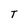
Character: T